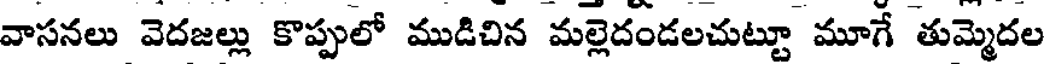
వాసనలు వెదజల్లు కొప్పులో ముడిచిన మల్లెదండలచుట్టూ మూగే తుమ్మెదల